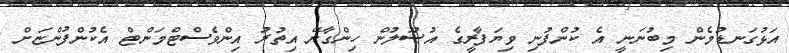
އަޅުގަނޑުމެން މިބުނަނީ އެ ކުންފުނި ވިޔަފާރީގެ އުޞޫލުން ހިންގާށޭ އިތުރު އިންވެސްޓްމަންޓް އެކުންފުންޏަށް